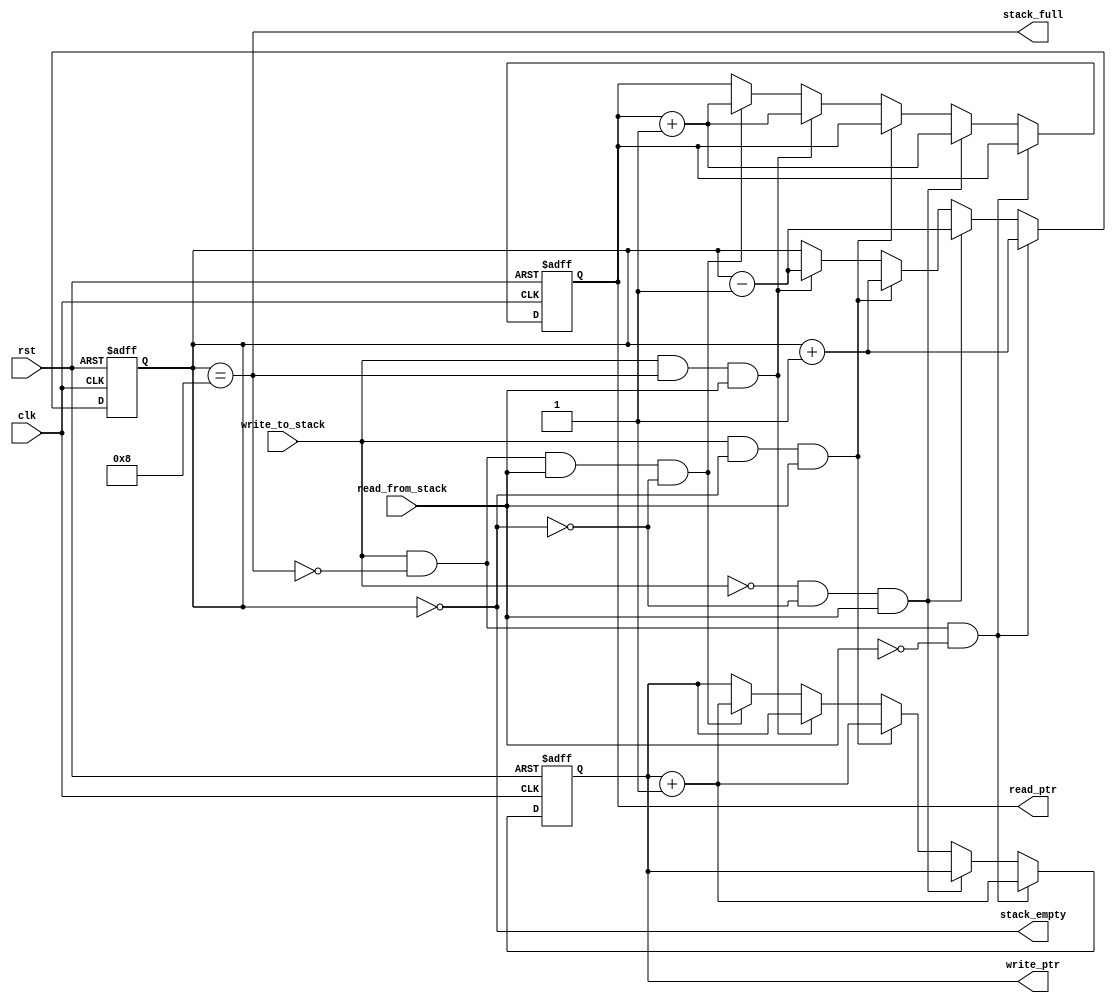
module FIFO_control(write_ptr,read_ptr,stack_full,stack_empty,write_to_stack,read_from_stack,clk,rst);
 parameter stack_width=8,stack_height=8,stack_ptr_width=3;
 output stack_full; //
 output stack_empty; //
 output [stack_ptr_width-1:0] read_ptr; //
 output [stack_ptr_width-1:0] write_ptr; //
 input write_to_stack;  //
 input read_from_stack; //
 input clk;
 input rst;
 reg [stack_ptr_width-1:0] read_ptr;
 reg [stack_ptr_width-1:0] write_ptr;
 reg [stack_ptr_width:0] ptr_gap;
 reg [stack_ptr_width-1:0] data_out;
 reg [stack_width-1:0] stack [stack_height-1:0]; 
 
 //
 assign stack_full=(ptr_gap==stack_height);
 assign stack_empty=(ptr_gap==0);
 
 always@(posedge clk or posedge rst)
  if(rst)
   begin
    data_out<=0;
	read_ptr<=0;
	write_ptr<=0;
	ptr_gap<=0;
   end
  else if (write_to_stack&&(!stack_full)&&(!read_from_stack))  // 
   begin
    write_ptr<=write_ptr+1;
	ptr_gap<=ptr_gap+1; //
   end
  else if (!write_to_stack&&(!stack_empty)&&(read_from_stack))  // 
   begin
    read_ptr<=read_ptr+1;
	ptr_gap<=ptr_gap-1; //
   end
  else if (write_to_stack&&(stack_empty)&&(read_from_stack))  // 
   begin
    write_ptr<=write_ptr+1;
	ptr_gap<=ptr_gap+1; //
   end
  else if (write_to_stack&&(stack_full)&&(read_from_stack))  // 
   begin
    read_ptr<=read_ptr+1;
	ptr_gap<=ptr_gap-1; //
   end
  else if (write_to_stack&&(!stack_full)&&(read_from_stack)&&(!stack_empty))  // 
   begin
    write_ptr<=write_ptr+1;
	read_ptr<=read_ptr+1; //
   end   
endmodule